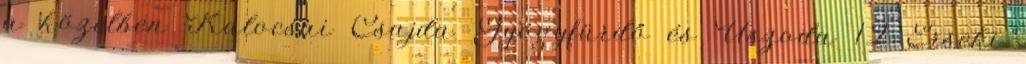
a közelben Kalocsai Csajda Gyógyfürdő és Uszoda 12 Érseki